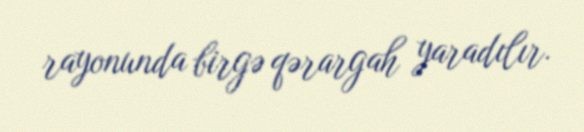
rayonunda birgə qərargah yaradılır.